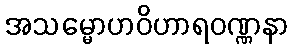
အသမ္မောဟဝိဟာရဝဏ္ဏနာ